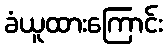
ခံယူထားကြောင်း